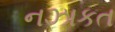
નઝાકત